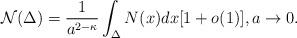
LaTeX: \begin{align*} \mathcal{N}(\Delta)=\frac{1}{a^{2-\kappa}} \int_\Delta N(x)dx[1+o(1)], a\to 0.\end{align*}